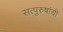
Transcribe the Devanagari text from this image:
सत्‍पुरुषांची